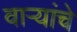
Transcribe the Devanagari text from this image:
वाऱ्यांचे